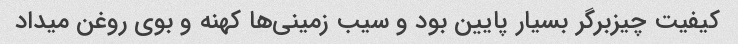
کیفیت چیزبرگر بسیار پایین بود و سیب زمینی‌ها کهنه و بوی روغن میداد